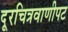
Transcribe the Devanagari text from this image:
दूरचित्रवाणीपट